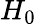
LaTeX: \textstyle H_{0}